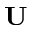
\mathbf { U }